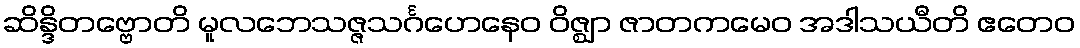
ဆိန္ဒိတဗ္ဗောတိ မူလဘေသဇ္ဇသင်္ဂဟေနေဝ ဝိဇ္ဈာ ဇာတကမေဝ အဒါသယီတိ ဧတေဝ